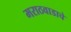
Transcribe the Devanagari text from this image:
मराठवाडाचे